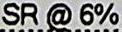
SR @ 6%